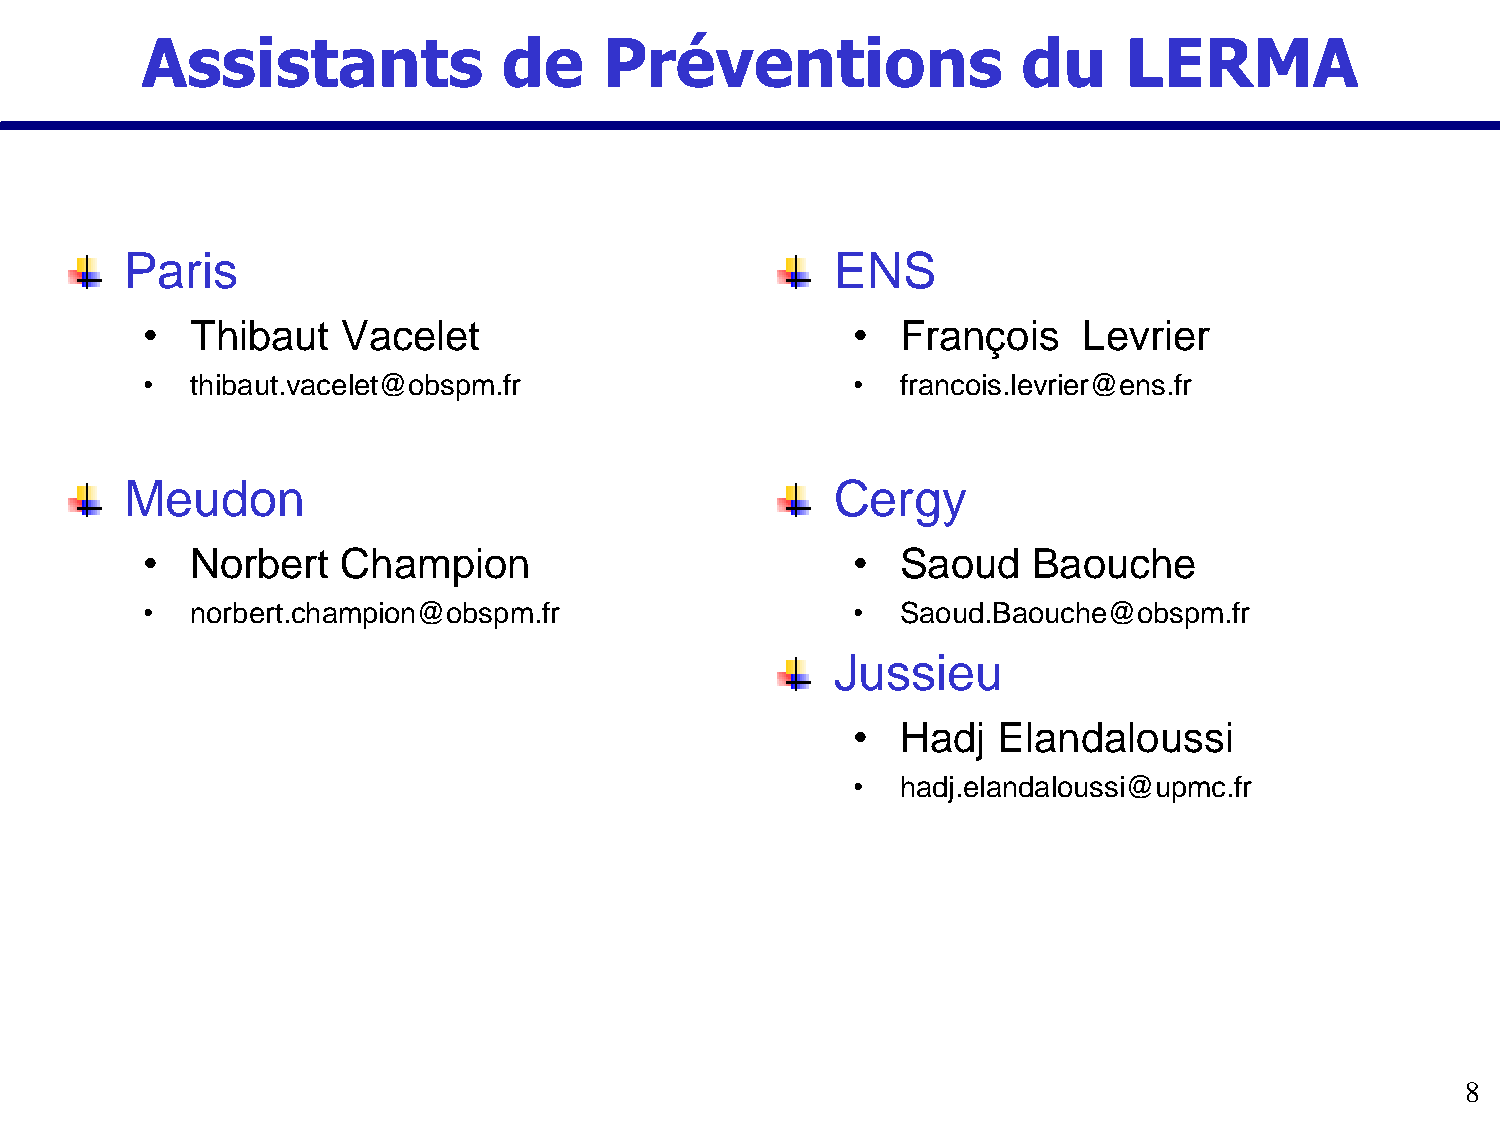
Assistants              de     Préventions                 du     LERMA
 Paris                                          ENS
 •   Thibaut   Vacelet                          •   François    Levrier
 •   thibaut.vacelet@obspm.fr                   •   francois.levrier@ens.fr
 Meudon                                         Cergy
 •   Norbert   Champion                         •   Saoud   Baouche
 •   norbert.champion@obspm.fr                  •   Saoud.Baouche@obspm.fr
 Jussieu
 •   Hadj  Elandaloussi
 •   hadj.elandaloussi@upmc.fr
 8